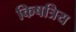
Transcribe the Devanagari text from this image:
किषत्रिय